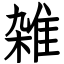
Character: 雑